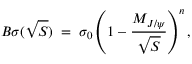
B \sigma ( \sqrt S ) \; = \; \sigma _ { 0 } \left( 1 - { \frac { M _ { J / \psi } } { \sqrt S } } \right) ^ { n } ,